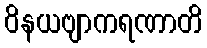
ဝိနယဗျာကရဏာတိ